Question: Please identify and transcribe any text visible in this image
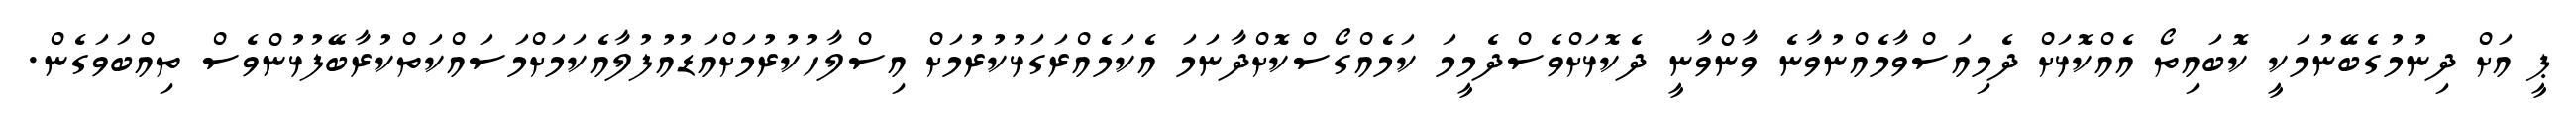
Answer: ޕީ އަށް ދިނުމުގެބޭނުމަކީ ކޮބައިތޯ އެއްކޮޅަށް ދެމިއަސްވާމެއްނުވާނެ ވާންވާނީ ދެކޮޅަށްވެސްދެމީމަ ކަމެއްގޯސްކޮށްދާނަމަ އެކަމެއްރަގަޅުކުރުމަށް އިސްލާހުކުރުމަށްއަޑުއުފުލާއެކަމަށްމަސައްކަތްކުރާބޭފުޅުންވެސް ތިއްބަވަގެން.